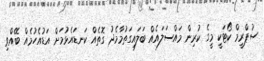
ސުޕްރީމް ކޯޓަކީ މީގެ ކުރިން މައްސަލައެއް ބަލައިގަތުމާމެދު ގޮތެއް ކަނޑައެޅުމަށް އަޑުއެހުމެއް ބޭއްވި